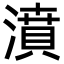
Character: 濆